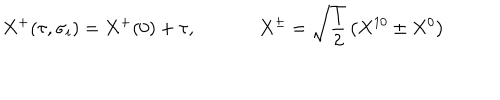
LaTeX: X ^ { + } ( \tau , \sigma _ { i } ) = X ^ { + } ( 0 ) + \tau , \, \, \, \, \, \, \, \, \, \, \, \, \, \, \, \, \, \, \, \, X ^ { \pm } = \sqrt { \frac { 1 } { 2 } } \left( X ^ { 1 0 } \pm X ^ { 0 } \right)